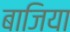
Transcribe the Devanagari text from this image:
बाजिया